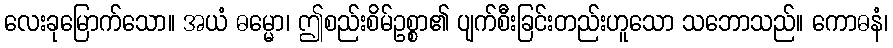
လေးခုမြောက်သော။ အယံ ဓမ္မော၊ ဤစည်းစိမ်ဥစ္စာ၏ ပျက်စီးခြင်းတည်းဟူသော သဘောသည်။ ကောဓနံ၊